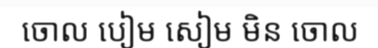
ចោល បៀម សៀម មិន ចោល